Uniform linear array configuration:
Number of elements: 32
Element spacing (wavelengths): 0.25
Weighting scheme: hamming
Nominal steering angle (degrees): -30
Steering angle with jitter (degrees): -28.117
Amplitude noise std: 0.05
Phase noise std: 0.05

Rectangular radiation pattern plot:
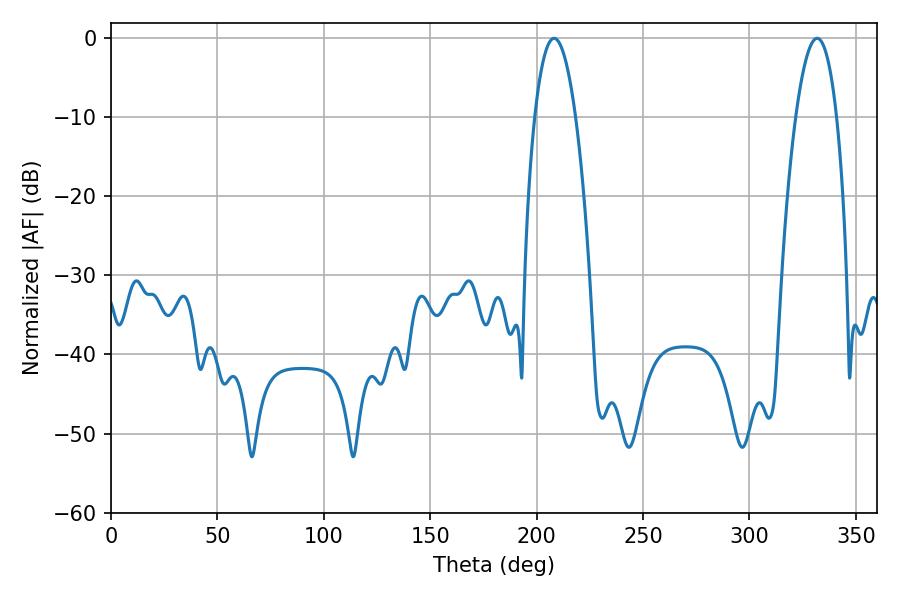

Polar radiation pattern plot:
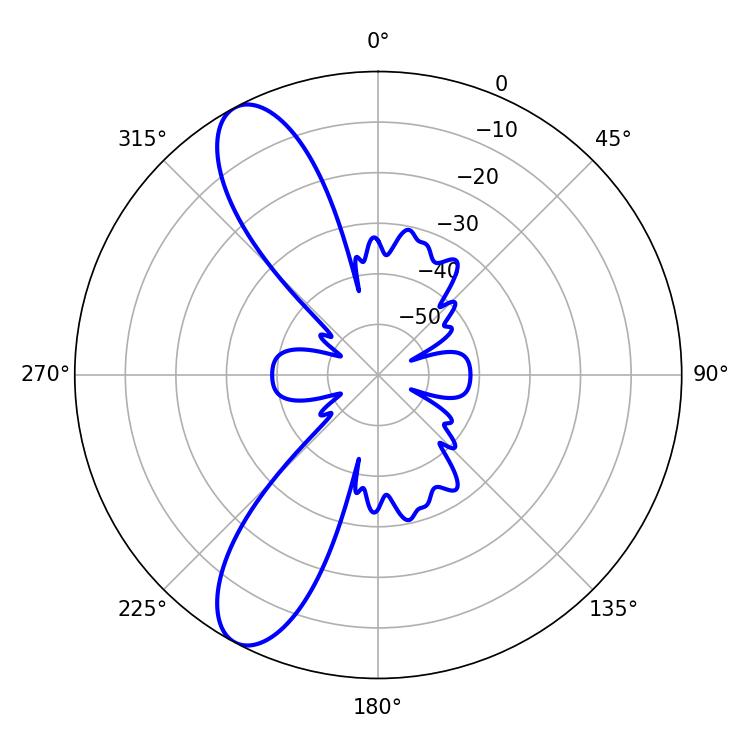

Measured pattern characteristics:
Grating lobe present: FALSE
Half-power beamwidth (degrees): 10.62
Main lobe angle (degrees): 208.26